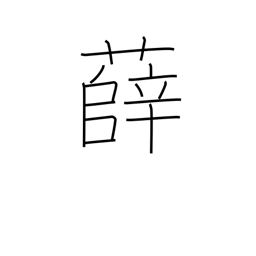
Meaning: type of mugwort